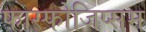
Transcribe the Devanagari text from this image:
फास्फोजिप्सम